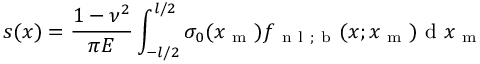
s ( x ) = \frac { 1 - \nu ^ { 2 } } { \pi E } \int _ { - l / 2 } ^ { l / 2 } \sigma _ { 0 } ( x _ { \mathrm { ~ m ~ } } ) f _ { \mathrm { ~ n ~ l ~ ; ~ b ~ } } ( x ; x _ { \mathrm { ~ m ~ } } ) \mathrm { ~ d ~ } x _ { \mathrm { ~ m ~ } }